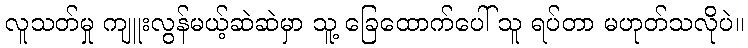
လူသတ်မှု ကျူးလွန်မယ့်ဆဲဆဲမှာ သူ့ ခြေထောက်ပေါ် သူ ရပ်တာ မဟုတ်သလိုပဲ။